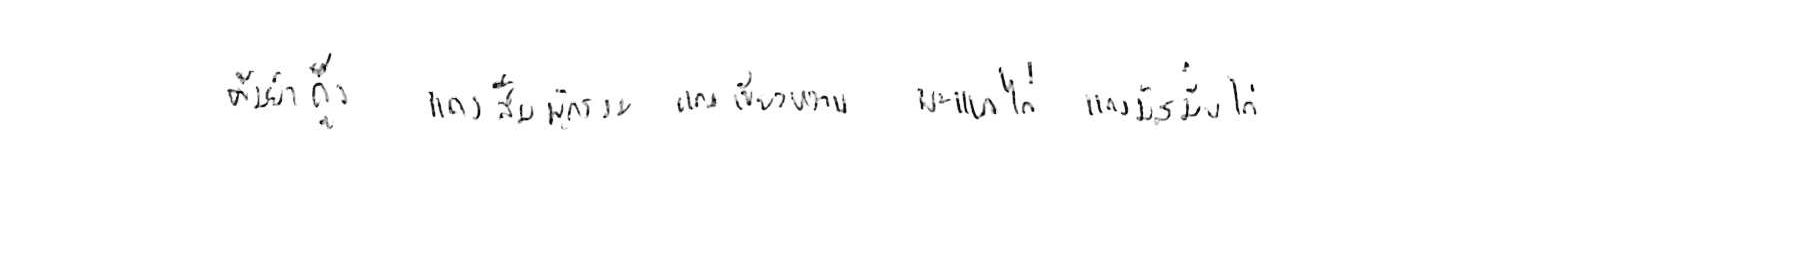
ต้มยำกุ้ง แกงส้มผักรวม แกงเขียวหวาน พะแนงไก่ แกงมัสมั่นไก่